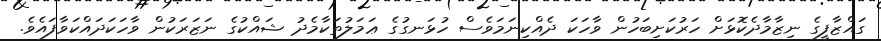
ގައްޒާފީގެ ނިޒާމާދެކޮޅަށް ހަރުކަށިބަހުން ވާހަކަ ދެއްކިނަމަވެސް ހުޅަނގުގެ ޢަމަލުތަކާމެދު ޝައްކުގެ ނަޒަރަކުން ވާހަކަދައްކަވާފައެވެ.